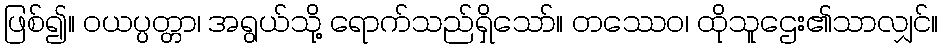
ဖြစ်၍။ ဝယပ္ပတ္တာ၊ အရွယ်သို့ ရောက်သည်ရှိသော်။ တဿေဝ၊ ထိုသူဌေး၏သာလျှင်။